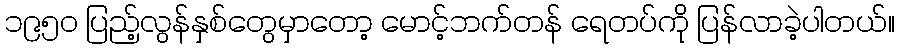
၁၉၅ဝ ပြည့်လွန်နှစ်တွေမှာတော့ မောင့်ဘက်တန် ရေတပ်ကို ပြန်လာခဲ့ပါတယ်။